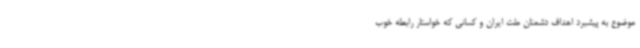
موضوع به پیشبرد اهداف دشمنان ملت ایران و کسانی که خواستار رابطه خوب